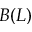
B ( L )